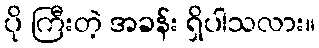
ပို ကြီးတဲ့ အခန်း ရှိပါသလား။